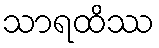
သာရထိဿ